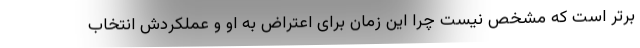
برتر است که مشخص نیست چرا این زمان برای اعتراض به او و عملکردش انتخاب